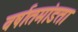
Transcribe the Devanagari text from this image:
वर्षातमांडता